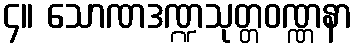
၄။ သောဏဒဏ္ဍသုတ္တဝဏ္ဏနာ